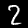
Label: 2